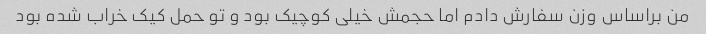
من براساس وزن سفارش دادم اما حجمش خیلی کوچیک بود و تو حمل کیک خراب شده بود